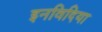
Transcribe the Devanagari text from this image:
इनविदिया